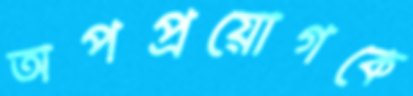
অপপ্রয়োগকে